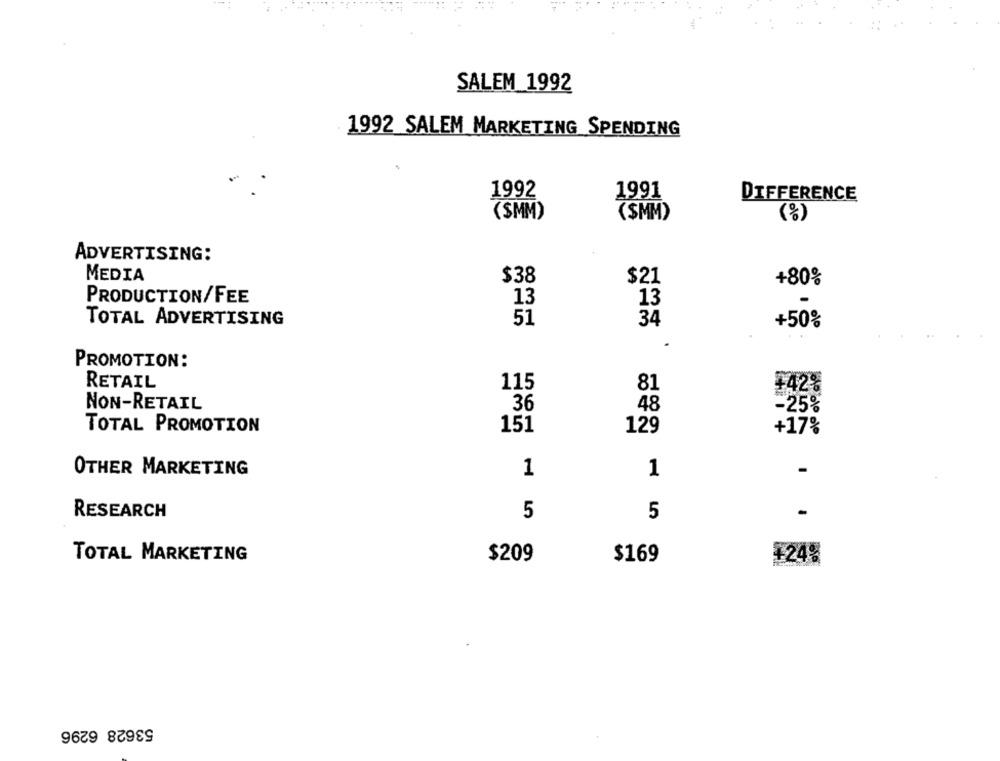
SALEM 1992
1992 SALEM MARKETING SPENDING
1992
1991
DIFFERENCE
(SMM)
($MM)
(%)
ADVERTISING:
MEDIA
$38
$21
+80%
PRODUCTION/FEE
13
13
51
TOTAL ADVERTISING
34
+50%
.
PROMOTION:
RETAIL
115
81
+42%
NON-RETAIL
36
48
-25%
TOTAL PROMOTION
151
129
+17%
OTHER MARKETING
1
1
RESEARCH
5
5
-
TOTAL MARKETING
$209
$169
¥24%
53628 6296